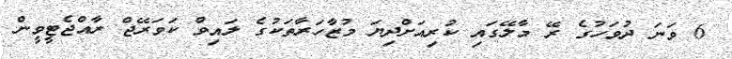
6 ވަނަ ދުވަހުގެ ރޭ މާލޭގައި ކުރިއަށްދިޔަ މުޒާހަރާތަކުގެ ލައިވް ކަވަރޭޖް ރާއްޖެޓީވީން